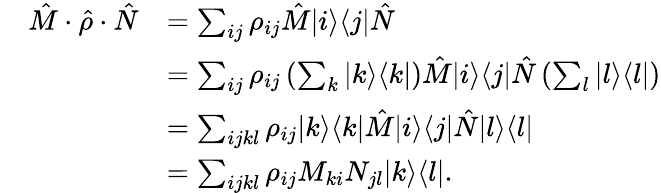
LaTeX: \begin{array}{rl}{\quad\hat{M}\cdot\hat{\rho}\cdot\hat{N}}&{=\sum_{ij}\rho_{ij}\hat{M}|i\rangle\langle j|\hat{N}}\\ &{=\sum_{ij}\rho_{ij}\left(\sum_{k}|k\rangle\langle k|\right)\hat{M}|i\rangle\langle j|\hat{N}\left(\sum_{l}|l\rangle\langle l|\right)}\\ &{=\sum_{ijkl}\rho_{ij}|k\rangle\langle k|\hat{M}|i\rangle\langle j|\hat{N}|l\rangle\langle l|}\\ &{=\sum_{ijkl}\rho_{ij}M_{ki}N_{jl}|k\rangle\langle l|.}\end{array}